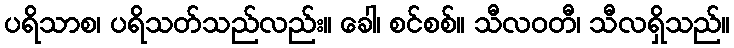
ပရိသာစ၊ ပရိသတ်သည်လည်း။ ခေါ၊ စင်စစ်။ သီလဝတီ၊ သီလရှိသည်။